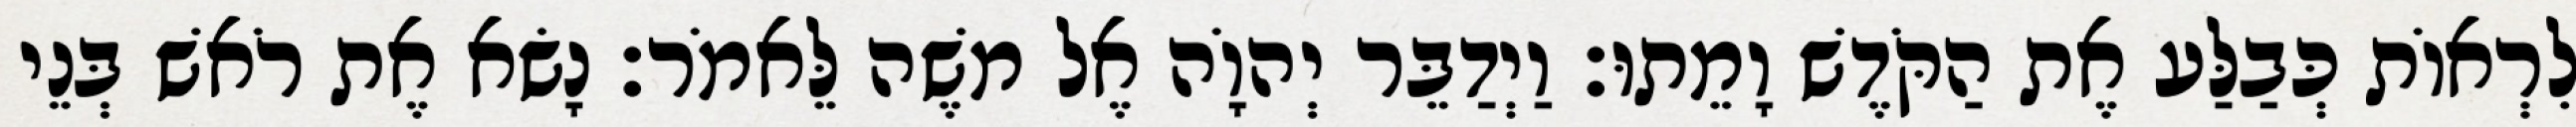
לִרְאוֹת כְּבַלַּע אֶת הַקֹּדֶשׁ וָמֵתוּ׃ וַיְדַבֵּר יְהוָֹה אֶל משֶׁה לֵּאמֹר׃ נָשׂא אֶת רֹאשׁ בְּנֵי